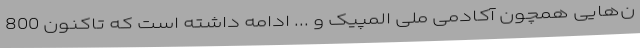
ن‌هایی همچون آکادمی ملی المپیک و ... ادامه داشته است که تاکنون 800